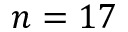
n = 1 7